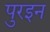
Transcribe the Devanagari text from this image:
पुरइन